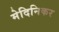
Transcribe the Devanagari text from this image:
मेदिनिकर